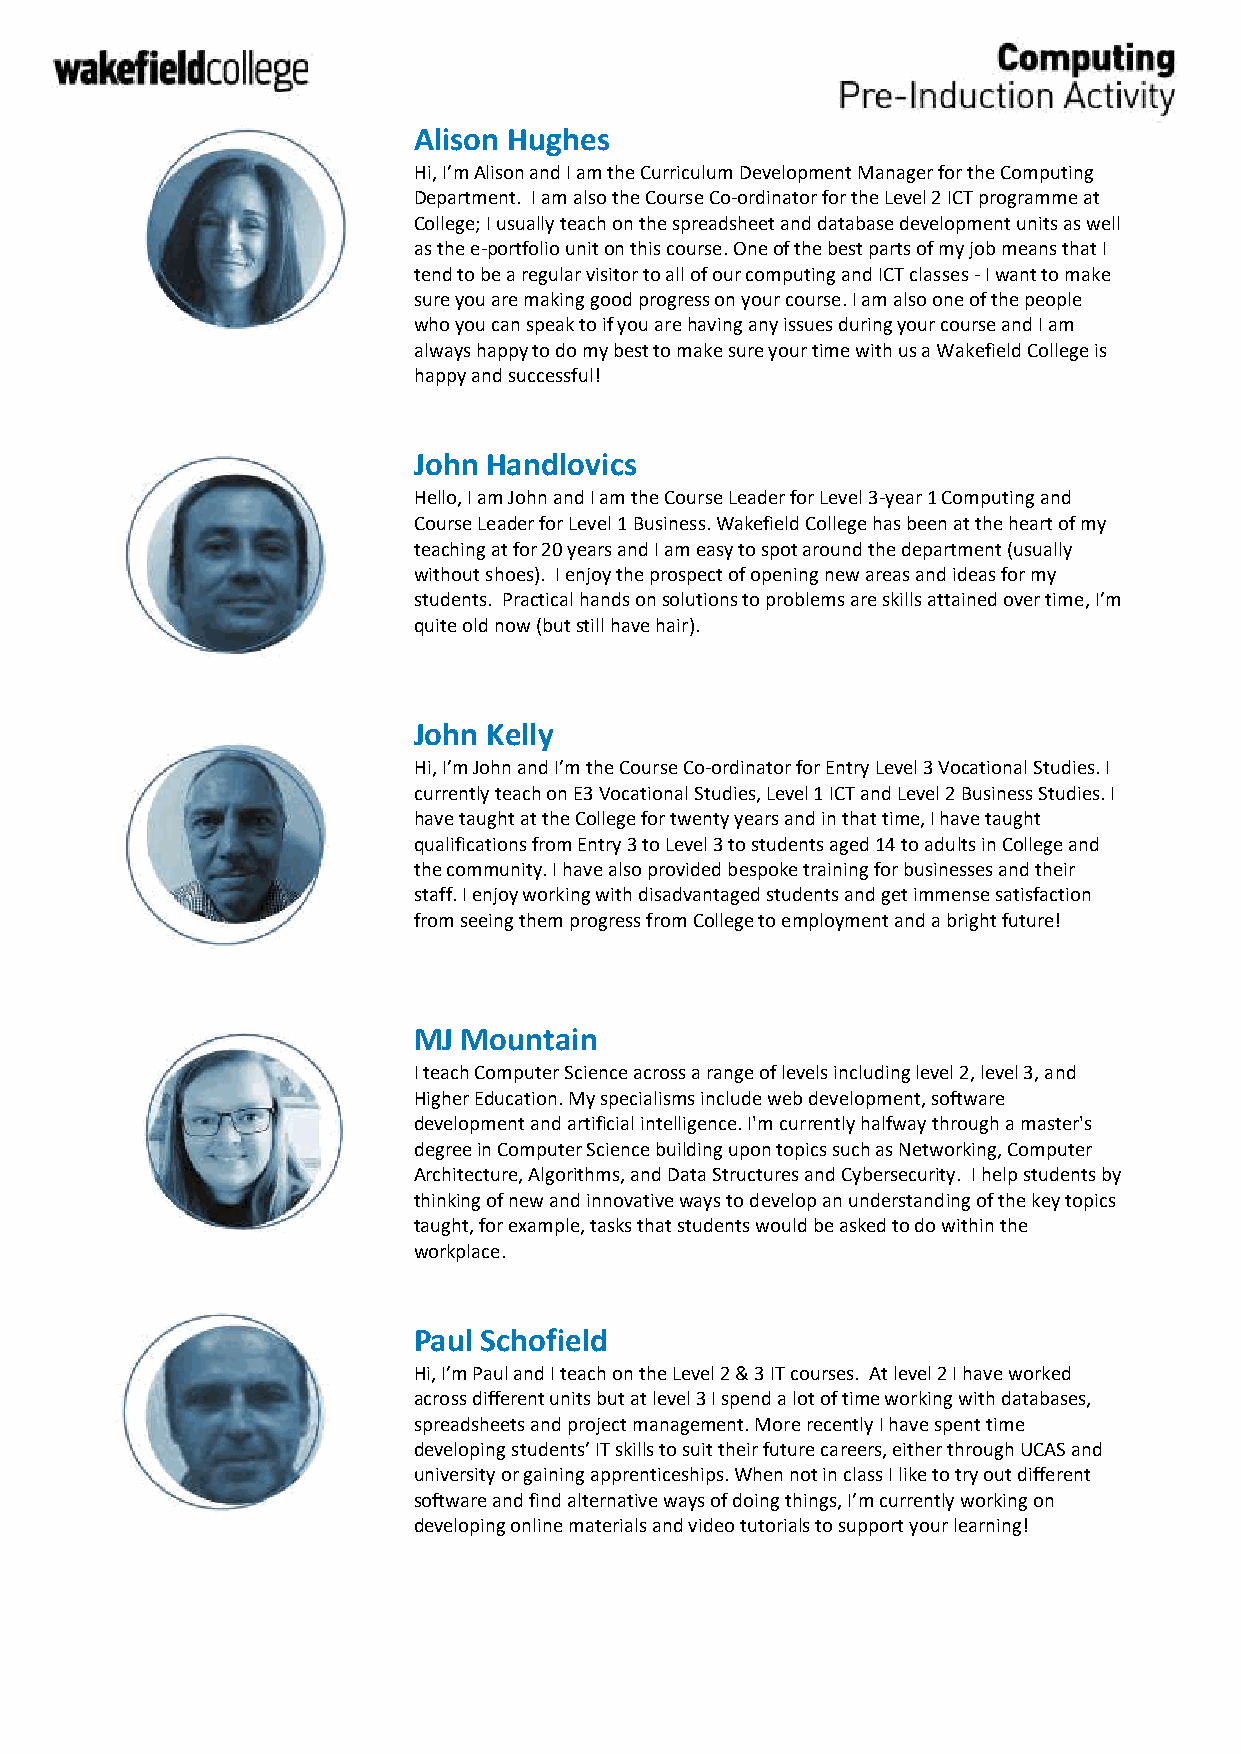
Alison Hughes
 Hi, I’m Alison and I am the Curriculum Development Manager for the Computing
 Department. I am also the Course Co-ordinator for the Level 2 ICT programme at
 College; I usually teach on the spreadsheet and database development units as well
 as the e-portfolio unit on this course. One of the best parts of my job means that I
 tend to be a regular visitor to all of our computing and ICT classes - I want to make
 sure you are making good progress on your course. I am also one of the people
 who you can speak to if you are having any issues during your course and I am
 always happy to do my best to make sure your time with us a Wakefield College is
 happy and successful!
 John Handlovics
 Hello, I am John and I am the Course Leader for Level 3-year 1 Computing and
 Course Leader for Level 1 Business. Wakefield College has been at the heart of my
 teaching at for 20 years and I am easy to spot around the department (usually
 without shoes). I enjoy the prospect of opening new areas and ideas for my
 students. Practical hands on solutions to problems are skills attained over time, I’m
 quite old now (but still have hair).
 John Kelly
 Hi, I’m John and I’m the Course Co-ordinator for Entry Level 3 Vocational Studies. I
 currently teach on E3 Vocational Studies, Level 1 ICT and Level 2 Business Studies. I
 have taught at the College for twenty years and in that time, I have taught
 qualifications from Entry 3 to Level 3 to students aged 14 to adults in College and
 the community. I have also provided bespoke training for businesses and their
 staff. I enjoy working with disadvantaged students and get immense satisfaction
 from seeing them progress from College to employment and a bright future!
 MJ  Mountain
 I teach Computer Science across a range of levels including level 2, level 3, and
 Higher Education. My specialisms include web development, software
 development and artificial intelligence. I'm currently halfway through a master's
 degree in Computer Science building upon topics such as Networking, Computer
 Architecture, Algorithms, and Data Structures and Cybersecurity. I help students by
 thinking of new and innovative ways to develop an understanding of the key topics
 taught, for example, tasks that students would be asked to do within the
 workplace.
 Paul Schofield
 Hi, I’m Paul and I teach on the Level 2 & 3 IT courses. At level 2 I have worked
 across different units but at level 3 I spend a lot of time working with databases,
 spreadsheets and project management. More recently I have spent time
 developing students’ IT skills to suit their future careers, either through UCAS and
 university or gaining apprenticeships. When not in class I like to try out different
 software and find alternative ways of doing things, I’m currently working on
 developing online materials and video tutorials to support your learning!